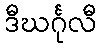
ဒီဃင်္ဂုလီ